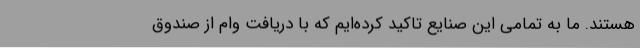
هستند. ما به تمامی این صنایع تاکید کرده‌ایم که با دریافت وام از صندوق